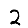
Digit: 2